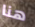
هنا